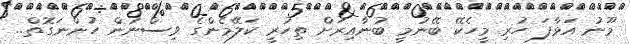
މޫނު އަޅާފަ ހުރި މީހެކޭ ބޭނުމީ ބުނާއިރަށް ތިހުރީ ކަލޭމެންގެ ވިސްނުން ހުންނަގޮތް..